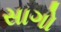
સાગો